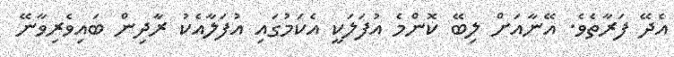
އެދޭ ފަރާތެވެ. އޭނާއަށް ލިބޭ ކޮންމެ އުފަލަކީ އެކަމުގައި އުފަލާއެކު ރާދިން ބައިވެރިވާނޭ